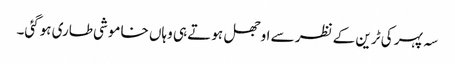
سہ پہر کی ٹرین کے نظر سے اوجھل ہوتے ہی وہاں خاموشی طاری ہوگئی۔